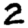
Digit: 2